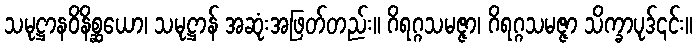
သမုဋ္ဌာနဝိနိစ္ဆယော၊ သမုဋ္ဌာန် အဆုံးအဖြတ်တည်း။ ဂိရဂ္ဂသမဇ္ဇာ၊ ဂိရဂ္ဂသမဇ္ဇာ သိက္ခာပုဒ်၎င်း။